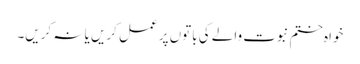
خواہ ختم نبوت والے کی باتوں پر عمل کریں یا نہ کریں۔